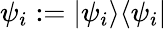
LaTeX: \psi_{i}:=|\psi_{i}\rangle\langle\psi_{i}|